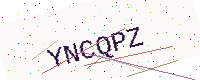
Text: YNCQPZ